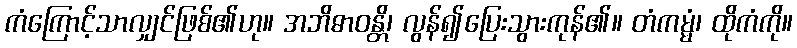
ကံကြောင့်သာလျှင်ဖြစ်၏ဟု။ အဘိဓာဝန္တိ၊ လွန်၍ပြေးသွားကုန်၏။ တံကမ္မံ၊ ထိုကံကို။